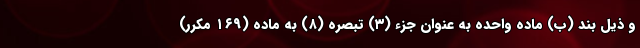
و ذیل بند (ب) ماده واحده به عنوان جزء (۳) تبصره (۸) به ماده (۱۶۹ مکرر)